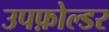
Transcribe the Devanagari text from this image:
उपफ़ोल्डर